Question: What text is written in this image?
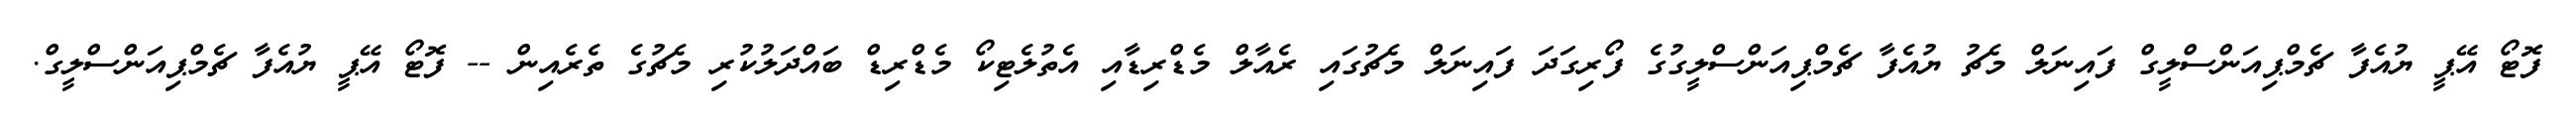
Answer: ފޮޓޯ އޭޕީ ޔުއެފާ ޗެމްޕިއަންސްލީގް ފައިނަލް މެޗު ޔުއެފާ ޗެމްޕިއަންސްލީގުގެ ފޯރިގަދަ ފައިނަލް މެޗުގައި ރެއާލް މެޑްރިޑާއި އެތުލެޓިކޯ މެޑްރިޑް ބައްދަލުކުރި މެޗުގެ ތެރެއިން -- ފޮޓޯ އޭޕީ ޔުއެފާ ޗެމްޕިއަންސްލީގް.